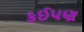
કઈપણ